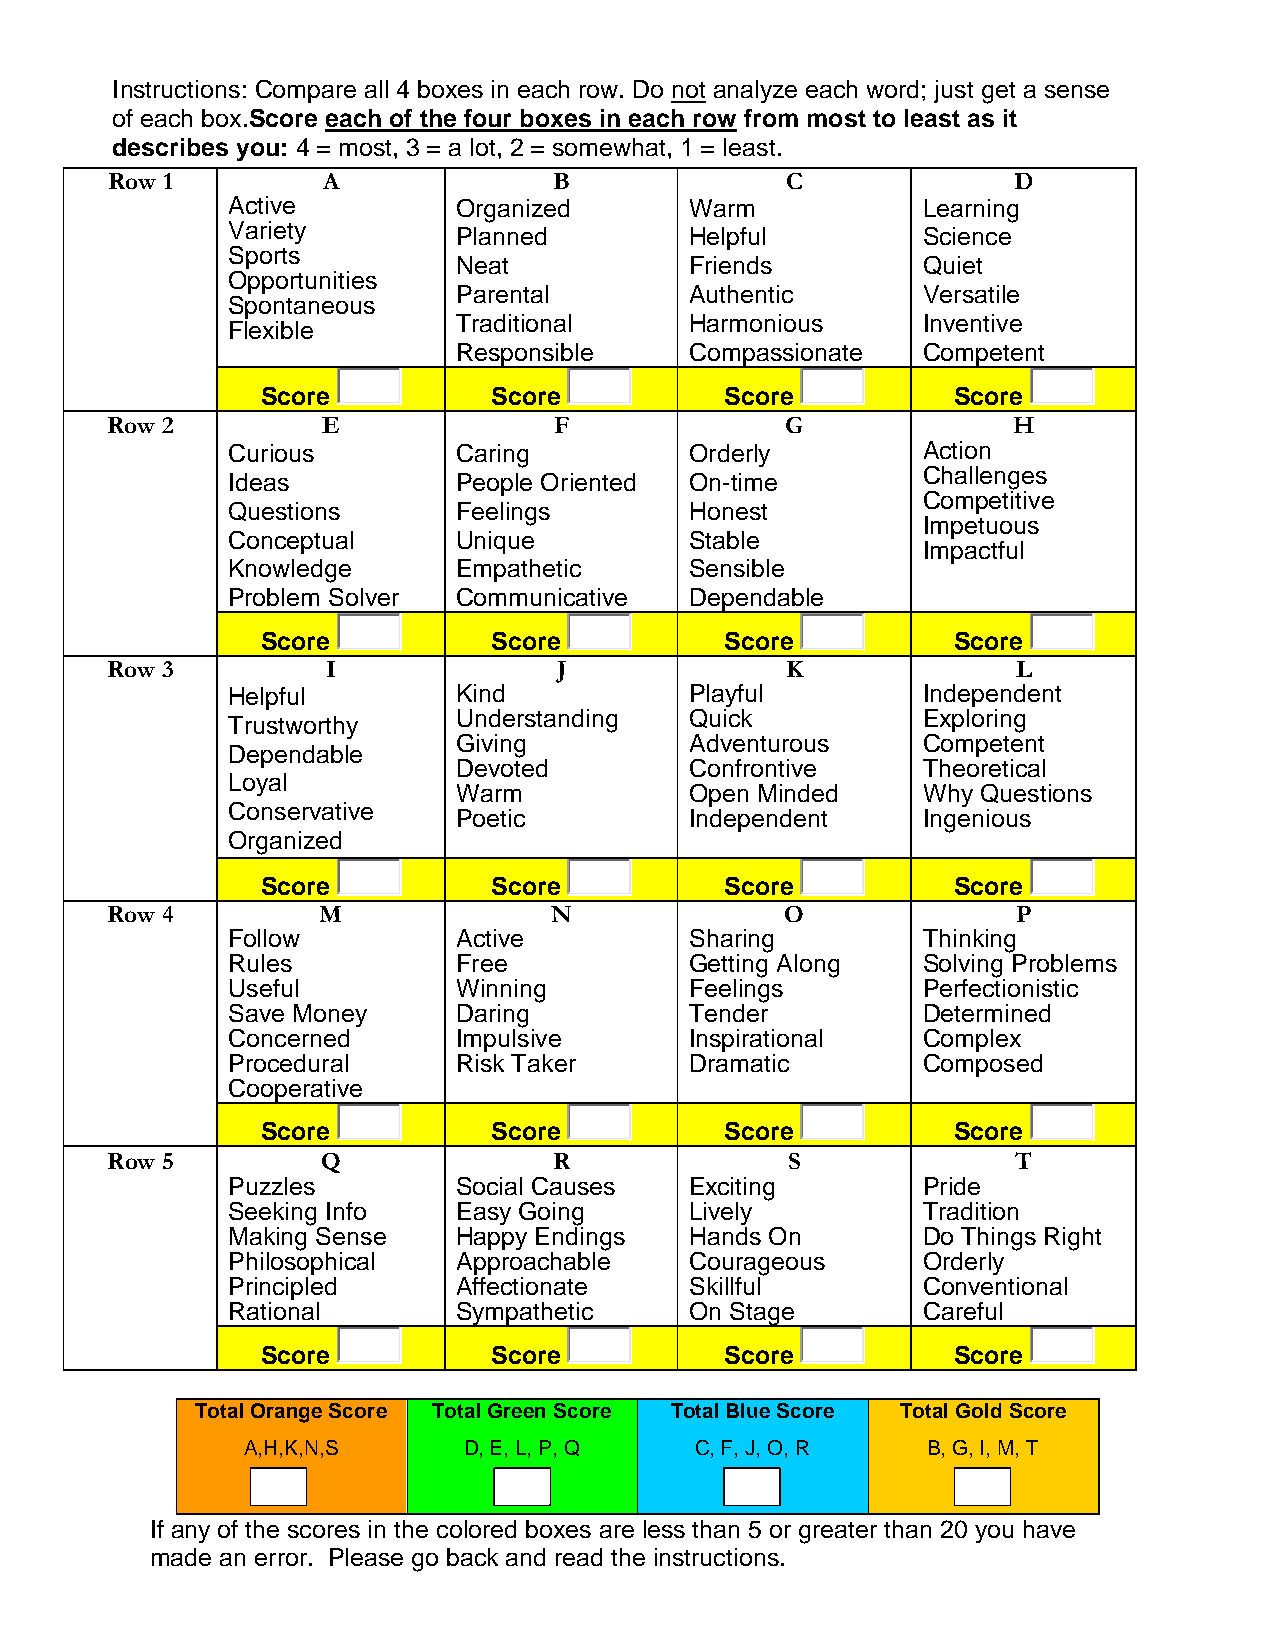
Instructions: Compare all 4 boxes in each row. Do not analyze each word; just get a sense
 of each box.Score each of the four boxes in each row from most to least as it
 describes you: 4 = most, 3 = a lot, 2 = somewhat, 1 = least.
 Row 1         A               B              C              D
 Active         Organized       Warm           Learning
 Variety
 Planned         Helpful        Science
 Sports
 Neat            Friends        Quiet
 Opportunities
 Parental        Authentic      Versatile
 Spontaneous
 Traditional     Harmonious     Inventive
 Flexible
 Responsible     Compassionate  Competent
 Score           Score          Score          Score
 Row 2         E               F              G              H
 Curious        Caring          Orderly        Action
 Challenges
 Ideas          People Oriented On-time
 Competitive
 Questions      Feelings        Honest
 Impetuous
 Conceptual     Unique          Stable
 Impactful
 Knowledge      Empathetic      Sensible
 Problem Solver Communicative   Dependable
 Score           Score          Score          Score
 Row 3          I              J              K              L
 Helpful        Kind            Playful        Independent
 Understanding   Quick          Exploring
 Trustworthy
 Giving          Adventurous    Competent
 Dependable
 Devoted         Confrontive    Theoretical
 Loyal
 Warm            Open Minded    Why Questions
 Conservative
 Poetic          Independent    Ingenious
 Organized
 Score           Score          Score          Score
 Row 4         M              N               O              P
 Follow         Active          Sharing        Thinking
 Rules          Free            Getting Along  Solving Problems
 Useful         Winning         Feelings       Perfectionistic
 Save Money     Daring          Tender         Determined
 Concerned      Impulsive       Inspirational  Complex
 Procedural     Risk Taker      Dramatic       Composed
 Cooperative
 Score           Score          Score          Score
 Row 5         Q               R              S              T
 Puzzles        Social Causes   Exciting       Pride
 Seeking Info   Easy Going      Lively         Tradition
 Making Sense   Happy Endings   Hands On       Do Things Right
 Philosophical  Approachable    Courageous     Orderly
 Principled     Affectionate    Skillful       Conventional
 Rational       Sympathetic     On Stage       Careful
 Score           Score          Score          Score
 Total Orange Score Total Green Score Total Blue Score Total Gold Score
 A,H,K,N,S      D, E, L, P, Q  C, F, J, O, R  B, G, I, M, T
 If any of the scores in the colored boxes are less than 5 or greater than 20 you have
 made an error. Please go back and read the instructions.